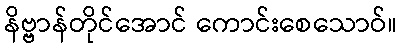
နိဗ္ဗာန်တိုင်အောင် ကောင်းစေသောဝ်။